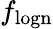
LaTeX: f_{\mathrm{logn}}